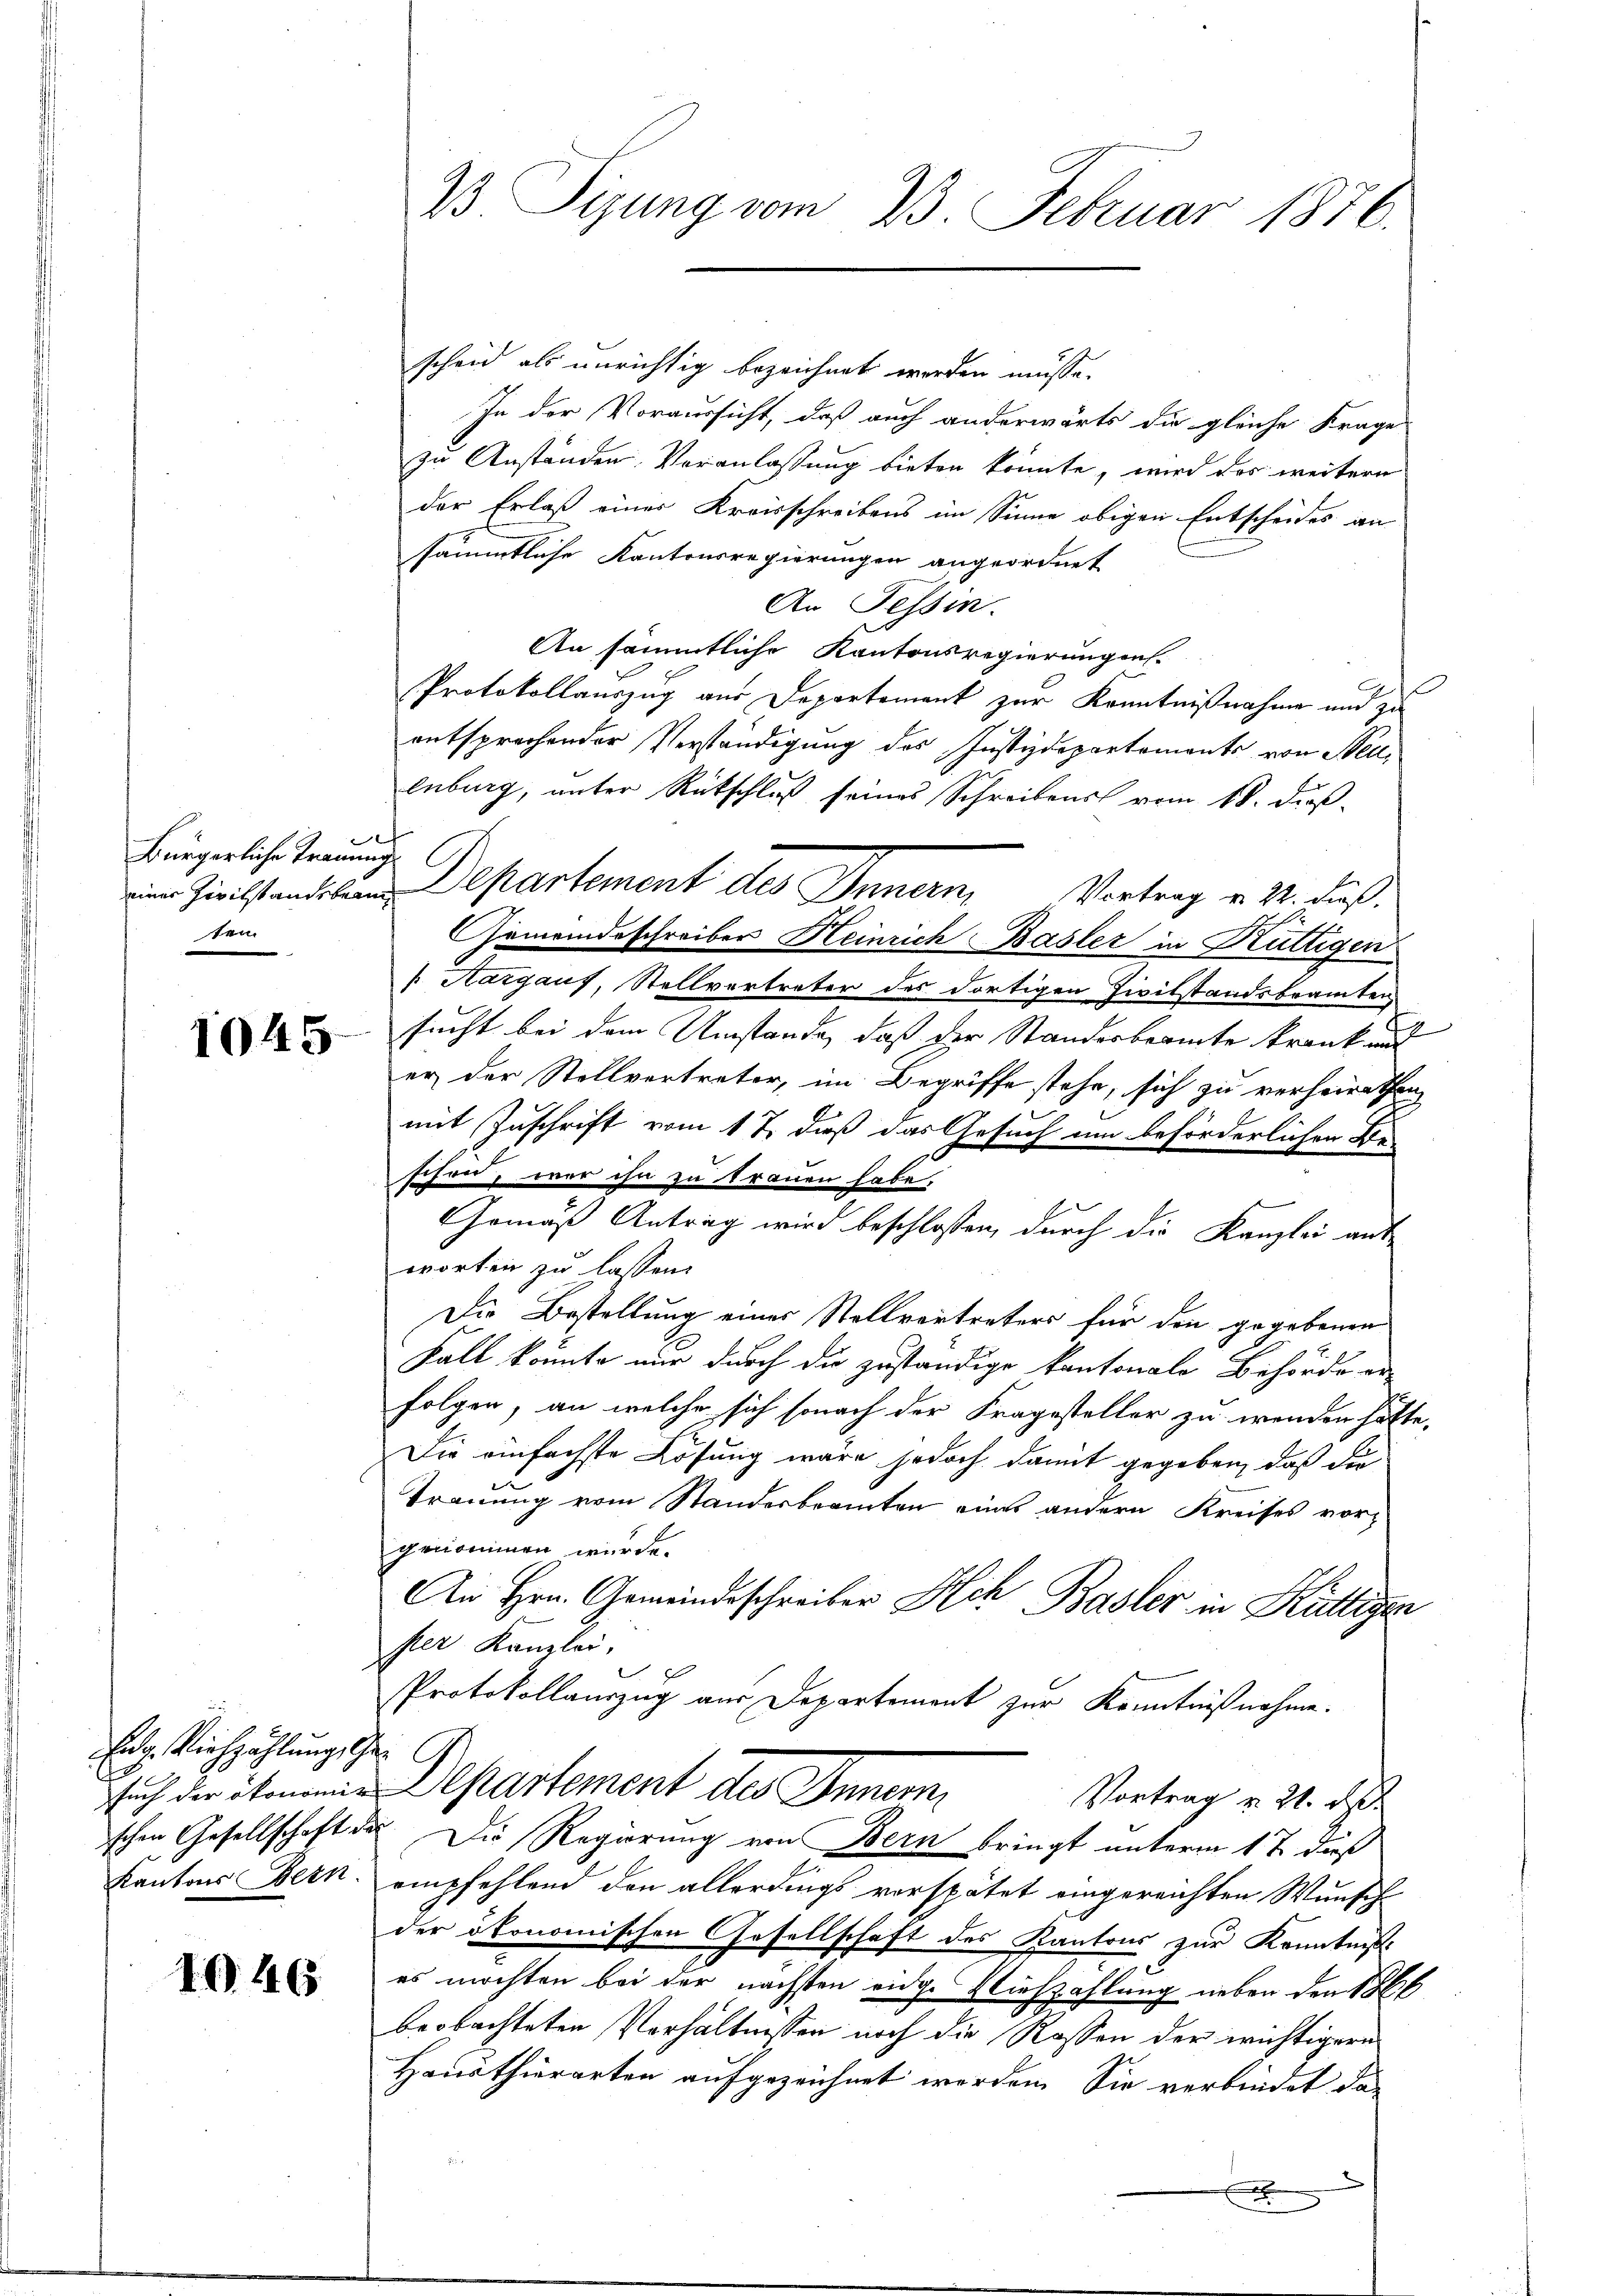
ich
Bürgerliche Trauung
ten.

1045.

Eidg. Viehzählung, Ge¬

1046

scheid als unrichtig bezeichnet werden müsse.
In der Voraussicht, daß auch anderwärts die gleiche Frage
zu Anständen Veranlassung bieten könnte, wird das weitern
der Erlaß einer Kreisschreibens im Sinne obigen Entscheides an
sämmtliche Kantonsregierungen angeordnet
An Tessin.
An sämmtliche Kantonsregierungen.
Protokollauszug aus Departement zur Kenntnißnahme und zu
entsprechender Verständigung des Justizdepartements von Steuenburg, unter Rückschluß seines Schreibens vom 18. diß
Gemeindeschreiber Heinrich Basler in Kuttigen
 Aargaus, Stellvertreter des dortigen Civilstandsbeamten
sucht bei dem Umstände, daß der Standesbeamte krank und
er der Stellvertreter, im Begriffe stehe, sich zu verheirathen
mit Zuschrift vom 17. daß das Gesuch um beförderlichen Be-
schon, wer ihn zu trauen habe,
Gemäß Antrag wird beschlossen, durch die Kanzlei ant
worten zu lassen.
Die Bestellung einer Stellvertreters für den gegebenen
Fall konnte nur durch die zuständige kantonale Behörde erfolgen, an welche sich sonach der Fragesteller zu wenden hätte,
Die einfachste Lösung wäre jedoch damit gegeben, daß die
d
Trauung vom Standesbeamten eines andern Kreises vorgenommen wurde.
An Hrn. Gemeindeschreiber Ach Basler in Hüttiger
ser Kanzlei,
Protokollauszug aus Departement zur Kenntnißnahme.
Auch der itemen Departement des Innem
Vortrag v. 21. d.
schen Gesellschaft des Die Regierung von Bern bringt unterm 17 daß
Kantons Werk. empfehlend den allerdings verspätet eingereichten Wunsch
der ökonomischen Gesellschaft des Kantons zur Kenntniße
es möchten bei der nächsten eidg. Viehzahlung neben den St
beobachteten Verhältnissen noch die Rossen der wichtigern
Hausthierarten aufgezeichnet werden. Sie verbindet dax

B Sizung vom 23. Februar 1876.

m Zivilstandeban Departement des Innern, Vortrag v. 22. dieß.